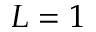
L = 1